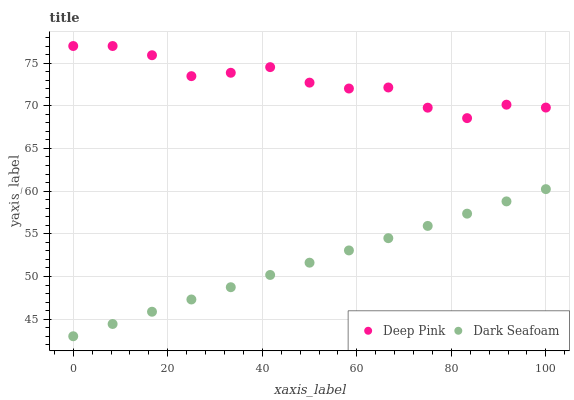
| xaxis_label | Deep Pink | Dark Seafoam |
 | --- | --- | --- |
 | 0 | 77 | 43 |
 | 8.33 | 77 | 44.4 |
 | 16.7 | 75.9 | 45.9 |
 | 25 | 73.5 | 47.3 |
 | 33.3 | 73.9 | 48.7 |
 | 41.7 | 74.5 | 50.2 |
 | 50 | 72.7 | 51.6 |
 | 58.3 | 72 | 53.1 |
 | 66.7 | 72.1 | 54.5 |
 | 75 | 69.8 | 55.9 |
 | 83.3 | 68.6 | 57.4 |
 | 91.7 | 70.1 | 58.8 |
 | 100 | 69.8 | 60.2 |